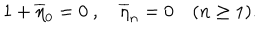
1 + \overline { { { \eta } } } _ { 0 } = 0 \ , \quad \overline { { { \eta } } } _ { n } = 0 \quad ( n \ge 1 ) .